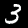
Label: 3